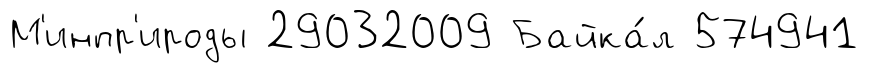
М'инпр'ироды 29032009 Байка́л 574941